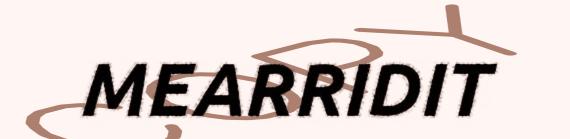
MEARRIDIT